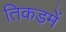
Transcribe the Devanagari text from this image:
तिकड़में